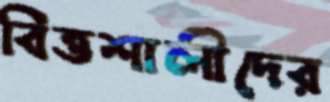
বিত্তশালীদের